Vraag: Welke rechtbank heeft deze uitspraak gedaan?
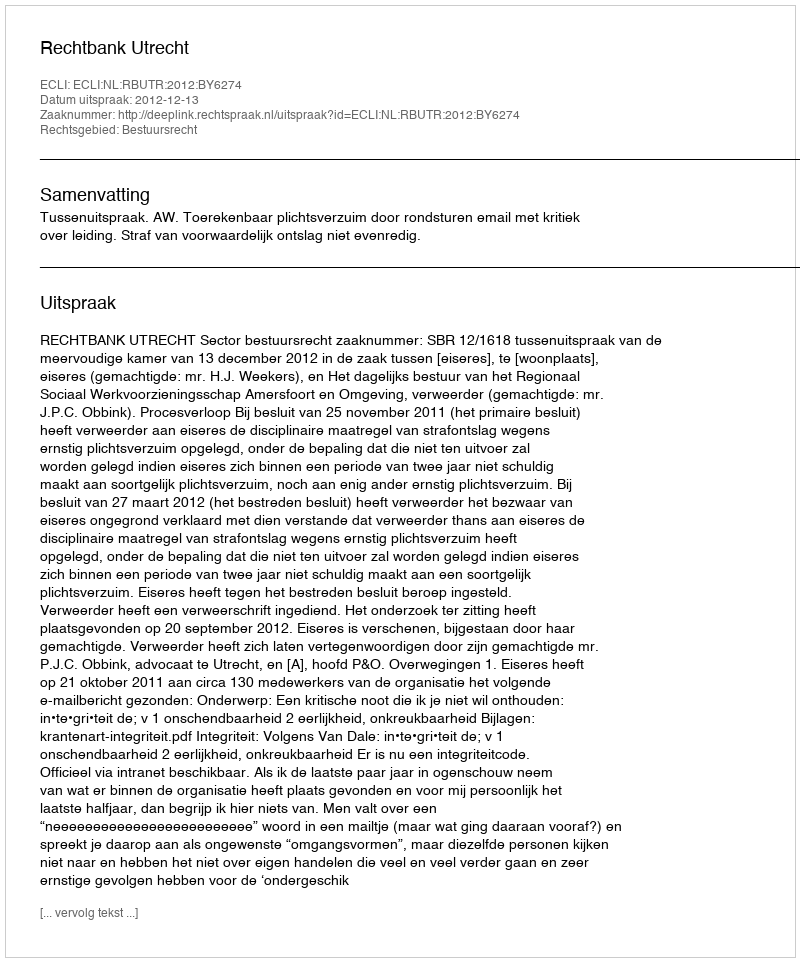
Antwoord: Rechtbank Utrecht